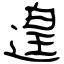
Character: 遑